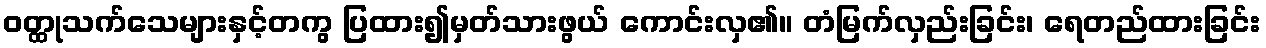
ဝတ္ထုသက်သေများနှင့်တကွ ပြထား၍မှတ်သားဖွယ် ကောင်းလှ၏။ တံမြက်လှည်းခြင်း၊ ရေတည်ထားခြင်း